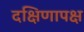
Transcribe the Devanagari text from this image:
दक्षिणापक्ष